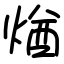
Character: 煪